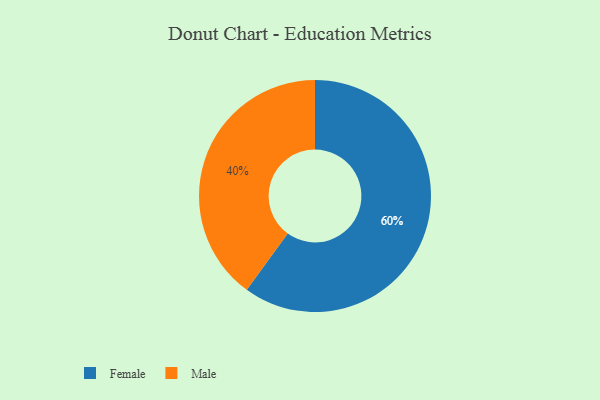
{"axis": {"x": "Category", "y": "Percentage"}, "legend": ["Female", "Male"], "data": [{"x": "Female", "y": 60, "type": "Female"}, {"x": "Male", "y": 40, "type": "Male"}]}